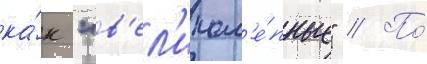
ка́к "в'ел'икол'е́пные" // По́